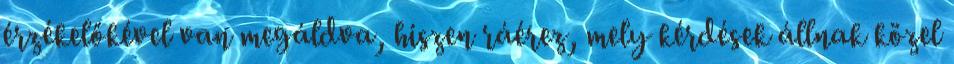
érzékelőkével van megáldva, hiszen ráérez, mely kérdések állnak közel